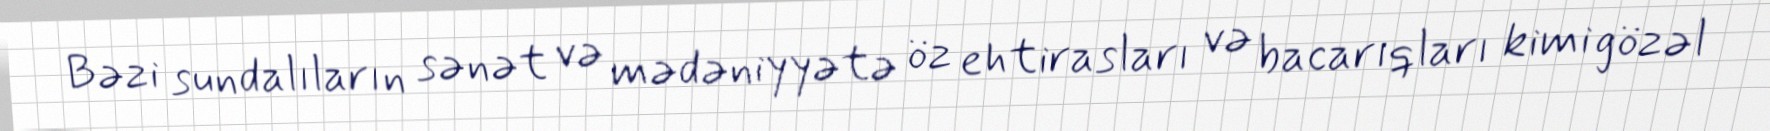
Bəzi sundalıların sənət və mədəniyyətə öz ehtirasları və bacarıqları kimi gözəl